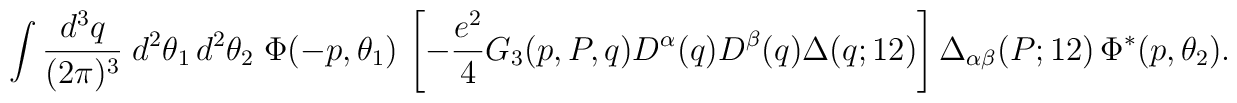
\int \frac{d^3q}{(2\pi)^3} \; d^2\theta_1 \, d^2 \theta_2 \;  \Phi(-p,\theta_1) \, \left[ -\frac{e^2}{4} G_3(p,P,q) D^\alpha (q)  D^\beta (q) \Delta (q;12) \right] \Delta_{\alpha\beta} (P;12) \, \Phi^*(p,\theta_2).